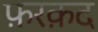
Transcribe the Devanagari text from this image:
फ़रक़द